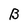
Character: B